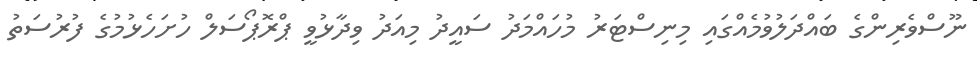
ނޫސްވެރިންގެ ބައްދަލުވުމެއްގައި މިނިސްޓަރު މުހައްމަދު ސައީދު މިއަދު ވިދާޅުވީ ޕްރޮޕޯސަލް ހުށަހެޅުމުގެ ފުރުސަތު